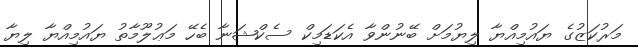
މަރުކަޒުގެ ޔައުމިއްޔާ ލިޔުމަށް ބޭނުންވާ އެކަޑަމިކް ސެކްޝަނާ ބެހޭ މަޢުލޫމާތު ޔައުމިއްޔާ ލިޔާ